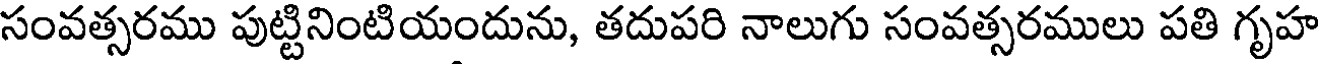
సంవత్సరము పుట్టినింటియందును, తదుపరి నాలుగు సంవత్సరములు పతి గృహ